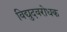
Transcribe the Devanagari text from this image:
विद्युदवरोधक